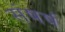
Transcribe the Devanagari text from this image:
संषर्ष